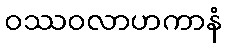
ဝဿဝလာဟကာနံ